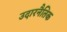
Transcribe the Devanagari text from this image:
उदारनैतिक